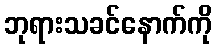
ဘုရားသခင်နောက်ကို